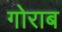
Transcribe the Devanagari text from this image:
गोराब